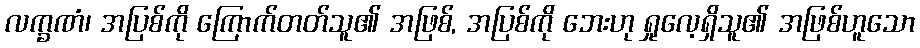
လက္ခဏံ၊ အပြစ်ကို ကြောက်တတ်သူ၏ အဖြစ်, အပြစ်ကို ဘေးဟု ရှုလေ့ရှိသူ၏ အဖြစ်ဟူသော